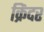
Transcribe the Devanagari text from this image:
क्रिंदर